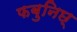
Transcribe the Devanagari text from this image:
फबुनिछ्